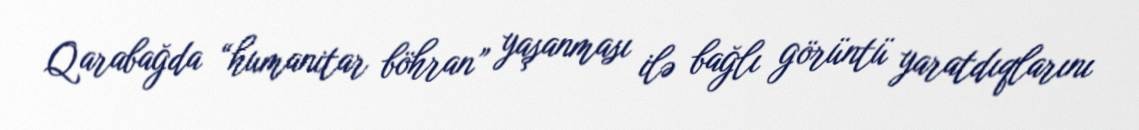
Qarabağda “humanitar böhran” yaşanması ilə bağlı görüntü yaratdıqlarını